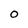
Character: O